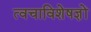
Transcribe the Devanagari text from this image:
त्वचाविशेषज्ञों